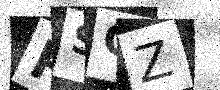
Text: PSOZ